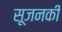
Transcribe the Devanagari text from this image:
सूजनकी